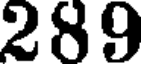
289